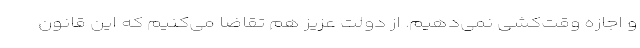
و اجازه وقت‌کشی نمی‌دهیم. از دولت عزیز هم تقاضا می‌کنیم که این قانون